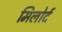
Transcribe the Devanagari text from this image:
मिलोर्द